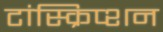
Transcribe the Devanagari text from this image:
टांस्क्रिप्शन